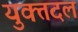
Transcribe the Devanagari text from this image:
युक्तदल